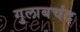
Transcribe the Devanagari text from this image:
गुलाबचंद